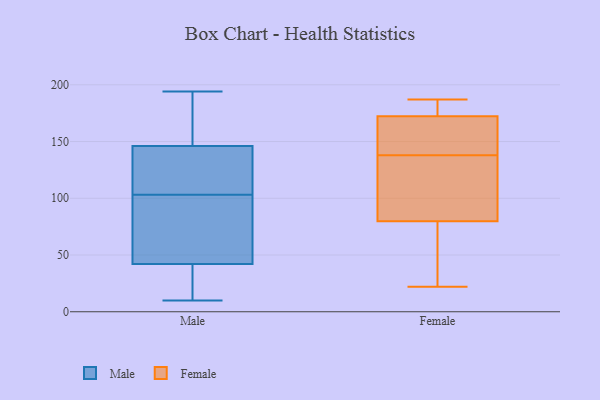
{"axis": {"x": "Energy Usage (MWh)", "y": "Value"}, "legend": ["Female", "Male"], "data": [{"x": "", "y": 170, "type": "Male"}, {"x": "", "y": 118, "type": "Male"}, {"x": "", "y": 164, "type": "Male"}, {"x": "", "y": 42, "type": "Male"}, {"x": "", "y": 109, "type": "Male"}, {"x": "", "y": 42, "type": "Male"}, {"x": "", "y": 120, "type": "Male"}, {"x": "", "y": 80, "type": "Male"}, {"x": "", "y": 10, "type": "Male"}, {"x": "", "y": 31, "type": "Male"}, {"x": "", "y": 194, "type": "Male"}, {"x": "", "y": 97, "type": "Male"}, {"x": "", "y": 143, "type": "Male"}, {"x": "", "y": 52, "type": "Male"}, {"x": "", "y": 78, "type": "Male"}, {"x": "", "y": 20, "type": "Male"}, {"x": "", "y": 115, "type": "Male"}, {"x": "", "y": 185, "type": "Male"}, {"x": "", "y": 149, "type": "Male"}, {"x": "", "y": 28, "type": "Male"}, {"x": "", "y": 79, "type": "Female"}, {"x": "", "y": 135, "type": "Female"}, {"x": "", "y": 80, "type": "Female"}, {"x": "", "y": 173, "type": "Female"}, {"x": "", "y": 164, "type": "Female"}, {"x": "", "y": 98, "type": "Female"}, {"x": "", "y": 22, "type": "Female"}, {"x": "", "y": 169, "type": "Female"}, {"x": "", "y": 172, "type": "Female"}, {"x": "", "y": 179, "type": "Female"}, {"x": "", "y": 187, "type": "Female"}, {"x": "", "y": 44, "type": "Female"}, {"x": "", "y": 138, "type": "Female"}]}